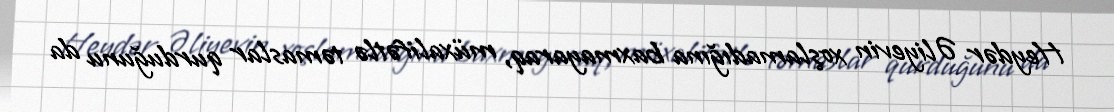
Heydər Əliyevin xoşlamadığına baxmayaraq, müxalifətlə təmaslar qurduğunu da